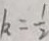
k k = \frac { 1 } { 2 }